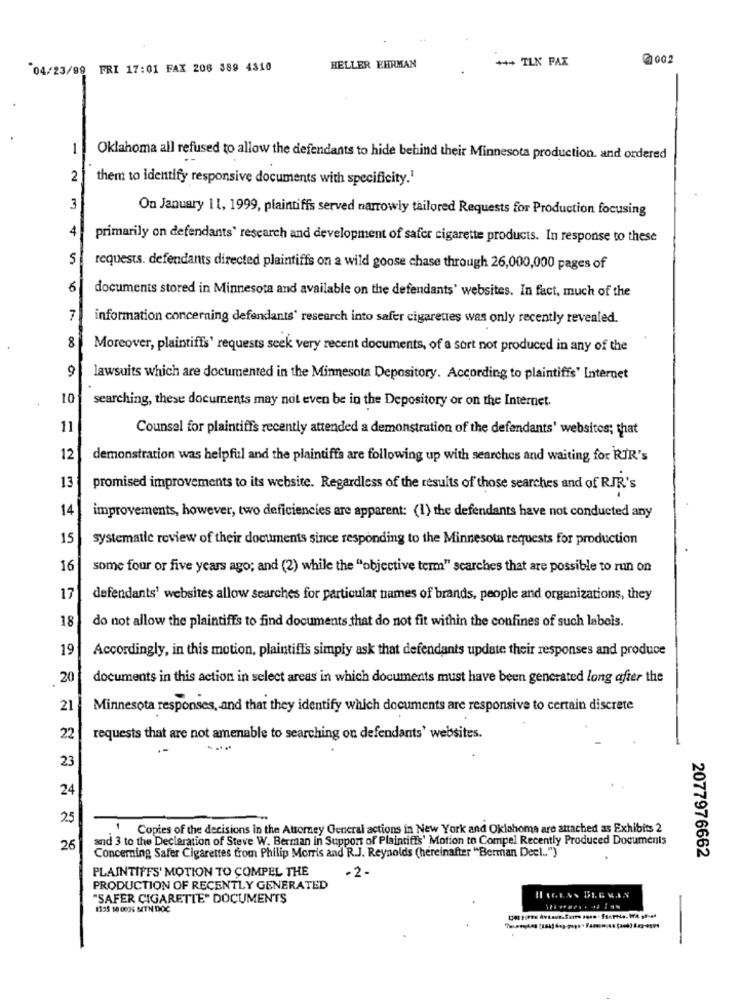
+++ TLK PAX
@002
04/23/09 FRI 17:01 FAX 206 389 4310
HELLER EHRMAN
1
Oklahoma all refused to allow the defendants to hide behind their Minnesota production. and ordered
2
them to identify responsive documents with specificity.1
3
On January 11, 1999, plaintiffs served narrowly tailored Requests for Production focusing
4
primarily on defendants' research and development of safer cigarette products. In response to these
requests. defendants directed plaintiffs on a wild goose chase through 26,000,000 pages of
6
documents stored in Minnesota and available on the defendants' websites. In fact, much of the
7.
information concerning defendants' research into safer cigarettes was only recently revealed.
8
Moreover, plaintiffs' requests seek very recent documents, of a sort not produced in any of the
9
lawsuits which are documented in the Minnesota Depository. According to plaintiffs' Internet
10
searching, these documents may not even be in the Depository or on the Internet.
11
Counsel for plaintiffs recently attended a demonstration of the defendants' websites; that
12
demonstration was helpful and the plaintiffa are following up with searches and waiting for RIR's
13
promised improvements to its website. Regardless of the results of those searches and of RIR's
14
improvements, however, two deficiencies are apparent: (1) the defendants have not conducted any
15
systematic review of their documents since responding to the Minnesota requests for production
16
some four or five years ago; and (2) while the "objective term" scarches that are possible to run on
17
defendants' websites allow searches for particular names of brands, people and organizations, they
18
do not allow the plaintiffs to find documents that do not fit within the confines of such labels.
19
Accordingly, in this motion, plaintiffs simply ask that defendants update their responses and produce
. 20
documents in this action in select areas in which documents must have been generated long after the
21
Minnesota responses, and that they identify which documents are responsive to certain discrete
22
requests that are not amenable to searching on defendants' websites.
23
24
25
Copies of the decisions in the Attorney General actions in New York and Oklahoma are attached as Exhibits 2
and 3 to the Declaration of Steve W. Berman in Support of Plaintiffs' Motion to Compel Recently Produced Documents
26
Concerning Safer Cigarettes trom Philip Morris and R.J. Reynolds (hereinafter "Berman Decl .. ")
2077976662
PLAINTIFFS' MOTION TO COMPEL THE
-2-
PRODUCTION OF RECENTLY GENERATED
"SAFER CIGARETTE" DOCUMENTS
1325 14 0036 MTN DOC